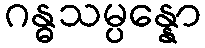
ဂန္ဓသမ္ပန္နော